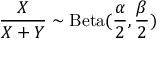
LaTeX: { \frac { X } { X + Y } } \sim \operatorname { B e t a } ( { \frac { \alpha } { 2 } } , { \frac { \beta } { 2 } } )